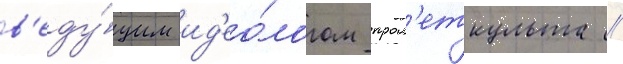
в'еду́щим ид'ео́логом прол'еткульта //